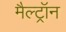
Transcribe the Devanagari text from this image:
मैल्ट्रॉन